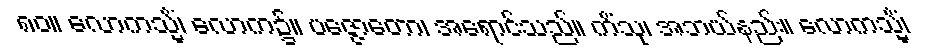
၈၀။ လောကသ္မိံ၊ လောက၌။ ပဇ္ဇောတော၊ အရောင်သည်။ ကိံသု၊ အဘယ်နည်း။ လောကသ္မိံ၊